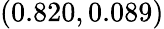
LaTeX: (0.820,0.089)